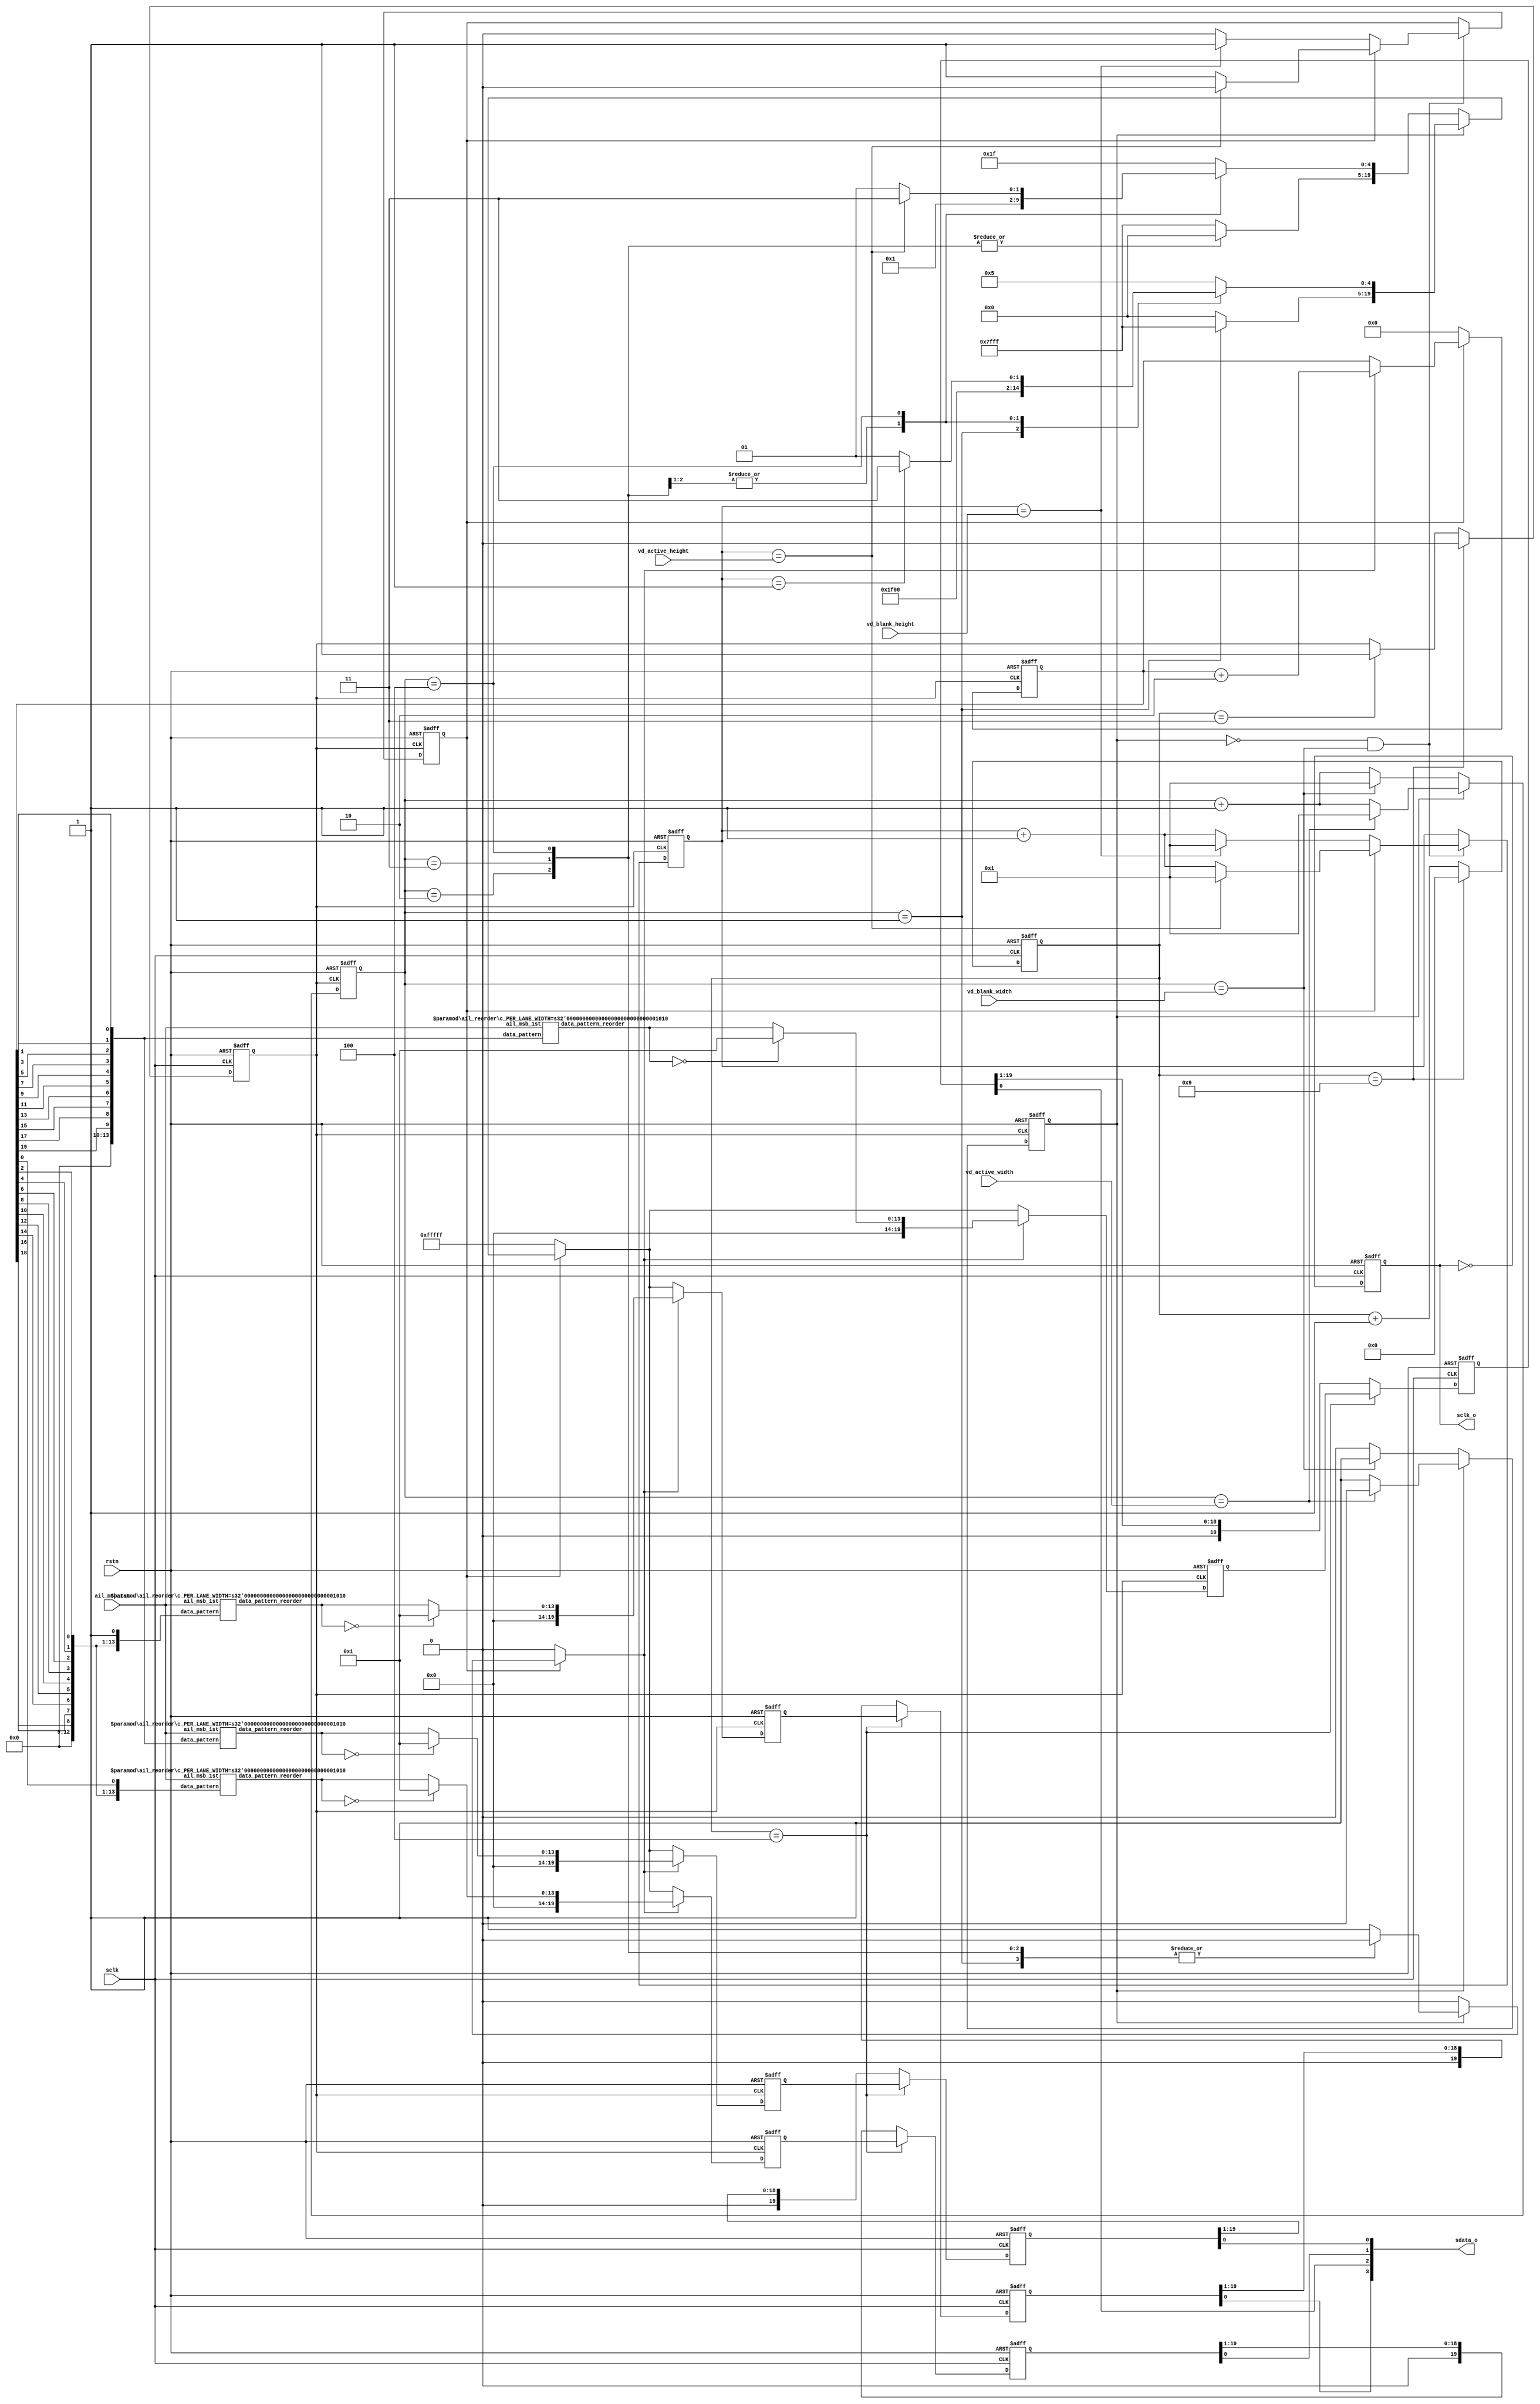
`timescale 100ps/100ps
module hispi_hdr_stim #(
parameter c_PER_LANE_WIDTH = 10,
parameter c_WORD_WIDTH = 20,
parameter c_LANE_WIDTH = 4
)
(
 input [11:0] vd_active_width,
 input [11:0] vd_blank_width,
 input [11:0] vd_active_height,
 input [11:0] vd_blank_height,
 input  ail_msb_1st,
 input  rstn,
 input  sclk,
 output reg sclk_o,
 output reg [3:0] sdata_o
);
//  c_HDR_MODE_0 => c_WORD_WIDTH==20; c_LANE_WIDTH==4; c_PER_LANE_WIDTH==10
//  c_HDR_MODE_1 => c_WORD_WIDTH==14; c_LANE_WIDTH==3; c_PER_LANE_WIDTH==10
//  c_HDR_MODE_2 => c_WORD_WIDTH==12; c_LANE_WIDTH==3; c_PER_LANE_WIDTH==10
//  c_HDR_MODE_3 => c_WORD_WIDTH==14; c_LANE_WIDTH==2; c_PER_LANE_WIDTH==14
//  c_HDR_MODE_4 => c_WORD_WIDTH==12; c_LANE_WIDTH==2; c_PER_LANE_WIDTH==12

reg wd_clk;
reg [4:0] clk_cnt;
reg [11:0] wd_cnt;
reg hor_valid;
reg lin_valid;
reg [11:0] lin_cnt;
wire [c_WORD_WIDTH-1:0] data_idle;
reg [c_WORD_WIDTH-1:0] pdata;
reg pdata_valid;
reg [20-1:0] data_pattern;
reg [c_WORD_WIDTH-1:0] data_lane0;
reg [c_WORD_WIDTH-1:0] data_lane1;
reg [c_WORD_WIDTH-1:0] data_lane2;
reg [c_WORD_WIDTH-1:0] data_lane3;
reg [c_WORD_WIDTH-1:0] data_lane0_d;
reg [c_WORD_WIDTH-1:0] data_lane1_d;
reg [c_WORD_WIDTH-1:0] data_lane2_d;
reg [c_WORD_WIDTH-1:0] data_lane3_d;
reg pidle;


   

always @(posedge sclk or negedge rstn)
   if (!rstn) begin
      clk_cnt <= 0;
      wd_clk <= 1'b0;
   end
   else begin
      if (clk_cnt == c_PER_LANE_WIDTH - 1) begin
         clk_cnt <= 0;
         wd_clk <= 1'b0;
      end   
      else begin
         clk_cnt <= clk_cnt + 1;
         if (clk_cnt == 3) wd_clk <= 1'b1;
      end
   end
//*************************************************************************************************************************************************************
assign data_idle = {c_WORD_WIDTH{1'b1}};

always @(posedge wd_clk or negedge rstn)
   if (!rstn) begin
      wd_cnt   <= 1;
      hor_valid <= 0;
      lin_valid <= 0;
      lin_cnt   <= 0;
   end
   else begin
      wd_cnt <= 1;
      if (hor_valid) begin
         if (wd_cnt == vd_active_width) begin
            hor_valid <= 1'b0;
            wd_cnt <= 1;
         end
         else
            wd_cnt <= wd_cnt + 1;
      end
      else begin
         if (wd_cnt == vd_blank_width) begin
            hor_valid <= 1'b1;
            wd_cnt <= 1;
         end
         else
            wd_cnt <= wd_cnt + 1;
      end      
      
      if ((~ hor_valid) && (wd_cnt == vd_blank_width)) begin
         if (lin_valid) begin
            if (lin_cnt == vd_active_height) begin
               lin_valid <= 1'b0;
               lin_cnt   <= 1;
            end
            else
               lin_cnt   <= lin_cnt + 1;
         end
         else begin
            if (lin_cnt == vd_blank_height) begin
               lin_valid <= 1'b1;
               lin_cnt   <= 1;
            end
            else
               lin_cnt   <= lin_cnt + 1;
         end
      end
   end

wire embeded_data = 1'b0;
always @(*) begin
   pdata = 0;
   pidle = 0;
   pdata_valid = 0;
   //*************************************************************************************************************************
   if (lin_valid) begin
      if (hor_valid) begin
         case (wd_cnt)
            1:       begin pdata_valid = 1'b0; pdata = {c_WORD_WIDTH{1'b1}} ;end
            2:       begin pdata_valid = 1'b0; pdata = {c_WORD_WIDTH{1'b0}} ;end
            3:       begin pdata_valid = 1'b0; pdata = {c_WORD_WIDTH{1'b0}} ;end
            4:       begin pdata_valid = 1'b0; pdata[4:0] = (lin_cnt == 1) ? 5'b00011 : 5'b00001; end
            default: begin pdata_valid = 1'b1; pdata = 5; end
         endcase
      end
      else begin
         case (wd_cnt)
            1:       begin pdata_valid = 1'b0; pdata = {c_WORD_WIDTH{1'b1}} ; end
            2:       begin pdata_valid = 1'b0; pdata = {c_WORD_WIDTH{1'b0}} ; end
            3:       begin pdata_valid = 1'b0; pdata = {c_WORD_WIDTH{1'b0}} ; end
            4:       begin pdata_valid = 1'b0; pdata[4:0] = (lin_cnt == vd_active_height) ? 5'b00111 : 5'b00101; end
            default: begin pdata_valid = 1'b0; pdata = data_idle; end
         endcase         
      end
   end
   else begin
      pdata_valid = 1'b0;
      pdata       = data_idle;
   end
   //*************************************************************************************************************************
end

always @(posedge wd_clk or negedge rstn)
   if (!rstn) begin
      data_pattern <= 0;
   end
   else begin
      if (lin_valid) begin
         if (pdata_valid)
            data_pattern <= data_pattern + 2;
      end
      else
         data_pattern <= 0;
   end

wire [20-1:0] data_pattern_pix_n        = data_pattern;
wire [20-1:0] data_pattern_pix_n_Plus_1 = {data_pattern[20-1:1], 1'b1};
reg [14-1:0] data_pattern_lane_0;
reg [14-1:0] data_pattern_lane_1;
reg [14-1:0] data_pattern_lane_2;
reg [14-1:0] data_pattern_lane_3;

always @(*) begin
   data_pattern_lane_0 = 0;
   data_pattern_lane_1 = 0;
   data_pattern_lane_2 = 0;
   data_pattern_lane_3 = 0;
   
   if ((c_WORD_WIDTH == 20) && (c_LANE_WIDTH == 4)) begin
      data_pattern_lane_0 = {data_pattern_pix_n[19], data_pattern_pix_n[17], data_pattern_pix_n[15], data_pattern_pix_n[13], data_pattern_pix_n[11],
                             data_pattern_pix_n[9],  data_pattern_pix_n[7],  data_pattern_pix_n[5],  data_pattern_pix_n[3],  data_pattern_pix_n[1]};
      data_pattern_lane_1 = {data_pattern_pix_n[18], data_pattern_pix_n[16], data_pattern_pix_n[14], data_pattern_pix_n[12], data_pattern_pix_n[10],
                             data_pattern_pix_n[8],  data_pattern_pix_n[6],  data_pattern_pix_n[4],  data_pattern_pix_n[2],  data_pattern_pix_n[0]};
      data_pattern_lane_2 = {data_pattern_pix_n_Plus_1[19], data_pattern_pix_n_Plus_1[17], data_pattern_pix_n_Plus_1[15], data_pattern_pix_n_Plus_1[13], data_pattern_pix_n_Plus_1[11],
                             data_pattern_pix_n_Plus_1[9],  data_pattern_pix_n_Plus_1[7],  data_pattern_pix_n_Plus_1[5],  data_pattern_pix_n_Plus_1[3],  data_pattern_pix_n_Plus_1[1]};
      data_pattern_lane_3 = {data_pattern_pix_n_Plus_1[18], data_pattern_pix_n_Plus_1[16], data_pattern_pix_n_Plus_1[14], data_pattern_pix_n_Plus_1[12], data_pattern_pix_n_Plus_1[10],
                             data_pattern_pix_n_Plus_1[8],  data_pattern_pix_n_Plus_1[6],  data_pattern_pix_n_Plus_1[4],  data_pattern_pix_n_Plus_1[2],  data_pattern_pix_n_Plus_1[0]};                             
   end
   else if ((c_WORD_WIDTH == 14) && (c_LANE_WIDTH == 3)) begin
      data_pattern_lane_0 = {data_pattern_pix_n[13:5], 1'b1};
      data_pattern_lane_1 = {data_pattern_pix_n_Plus_1[13:5], 1'b1};
      data_pattern_lane_2 = {data_pattern_pix_n_Plus_1[4:0], data_pattern_pix_n[4:0]};
   end
   else if ((c_WORD_WIDTH == 12) && (c_LANE_WIDTH == 3)) begin
      data_pattern_lane_0 = {data_pattern_pix_n[11:4], 2'b01};
      data_pattern_lane_1 = {data_pattern_pix_n_Plus_1[11:4], 2'b01};
      data_pattern_lane_2 = {data_pattern_pix_n_Plus_1[3:0], data_pattern_pix_n[3:0], 2'b01};
   end
   else begin
      data_pattern_lane_0 = data_pattern_pix_n;
      data_pattern_lane_1 = data_pattern_pix_n_Plus_1;
   end
end

wire [13:0] data_pattern_lane_0_tmp; 
wire [13:0] data_pattern_lane_1_tmp;
wire [13:0] data_pattern_lane_2_tmp;
wire [13:0] data_pattern_lane_3_tmp;

ail_reorder #(.c_PER_LANE_WIDTH (c_PER_LANE_WIDTH))
I0_ail_reorder (.data_pattern (data_pattern_lane_0), .ail_msb_1st (ail_msb_1st), .data_pattern_reorder(data_pattern_lane_0_tmp));
ail_reorder #(.c_PER_LANE_WIDTH (c_PER_LANE_WIDTH))
I1_ail_reorder (.data_pattern (data_pattern_lane_1), .ail_msb_1st (ail_msb_1st), .data_pattern_reorder(data_pattern_lane_1_tmp));
ail_reorder #(.c_PER_LANE_WIDTH (c_PER_LANE_WIDTH))
I2_ail_reorder (.data_pattern (data_pattern_lane_2), .ail_msb_1st (ail_msb_1st), .data_pattern_reorder(data_pattern_lane_2_tmp));
ail_reorder #(.c_PER_LANE_WIDTH (c_PER_LANE_WIDTH))
I3_ail_reorder (.data_pattern (data_pattern_lane_3), .ail_msb_1st (ail_msb_1st), .data_pattern_reorder(data_pattern_lane_3_tmp));

always @(posedge wd_clk or negedge rstn)
   if (!rstn) begin
      data_lane0 <= 0;
      data_lane1 <= 0;
      data_lane2 <= 0;
      data_lane3 <= 0;
   end
   else begin
      if (pdata_valid) begin
         data_lane0 <= (data_pattern_lane_0_tmp == 0) ? 1 : data_pattern_lane_0_tmp;
         data_lane1 <= (data_pattern_lane_1_tmp == 0) ? 1 : data_pattern_lane_1_tmp;
         data_lane2 <= (data_pattern_lane_2_tmp == 0) ? 1 : data_pattern_lane_2_tmp;
         data_lane3 <= (data_pattern_lane_3_tmp == 0) ? 1 : data_pattern_lane_3_tmp;
      end
      else begin
         data_lane0 <= pdata;         
         data_lane1 <= pdata;         
         data_lane2 <= pdata;         
         data_lane3 <= pdata;         
      end
   end
//*************************************************************************************************************************   
always @(posedge sclk or negedge rstn)
   if (!rstn) begin
      data_lane0_d <= 0;
      data_lane1_d <= 0;
      data_lane2_d <= 0;
      data_lane3_d <= 0;

   end
   else begin
      if (clk_cnt == 4) begin
         data_lane0_d <= data_lane0;
         data_lane1_d <= data_lane1;
         data_lane2_d <= data_lane2;
         data_lane3_d <= data_lane3;
      end
      else begin
         data_lane0_d <= {1'b0, data_lane0_d[c_WORD_WIDTH-1:1]};       
         data_lane1_d <= {1'b0, data_lane1_d[c_WORD_WIDTH-1:1]};       
         data_lane2_d <= {1'b0, data_lane2_d[c_WORD_WIDTH-1:1]};       
         data_lane3_d <= {1'b0, data_lane3_d[c_WORD_WIDTH-1:1]};       
      end
   end

wire [3:0] sdata_o_pre = {data_lane3_d[0], data_lane2_d[0], data_lane1_d[0], data_lane0_d[0]};
wire [1:0] sel_0 = 0;         
wire [1:0] sel_1 = 0;         
wire [1:0] sel_2 = 0;         
wire [1:0] sel_3 = 0;         
reg  [3:0] sdata_o_pre_d1;
reg  [3:0] sdata_o_pre_d2;
reg  [3:0] sdata_o_pre_d3;

always @(posedge sclk or negedge rstn)
   if (!rstn) begin
      sdata_o_pre_d1 <= 0;
      sdata_o_pre_d2 <= 0;
      sdata_o_pre_d3 <= 0;
   end
   else begin
      sdata_o_pre_d1 <= sdata_o_pre;
      sdata_o_pre_d2 <= sdata_o_pre_d1;
      sdata_o_pre_d3 <= sdata_o_pre_d2;
   end

always @(*) begin
   case (sel_0)
      2'd0: sdata_o[0] = sdata_o_pre[0];
      2'd1: sdata_o[0] = sdata_o_pre_d1[0];
      2'd2: sdata_o[0] = sdata_o_pre_d2[0];
      2'd3: sdata_o[0] = sdata_o_pre_d3[0];
   endcase
end
always @(*) begin
   case (sel_1)
      2'd0: sdata_o[1] = sdata_o_pre[1];
      2'd1: sdata_o[1] = sdata_o_pre_d1[1];
      2'd2: sdata_o[1] = sdata_o_pre_d2[1];
      2'd3: sdata_o[1] = sdata_o_pre_d3[1];
   endcase
end
always @(*) begin
   case (sel_2)
      2'd0: sdata_o[2] = sdata_o_pre[2];
      2'd1: sdata_o[2] = sdata_o_pre_d1[2];
      2'd2: sdata_o[2] = sdata_o_pre_d2[2];
      2'd3: sdata_o[2] = sdata_o_pre_d3[2];
   endcase
end
always @(*) begin
   case (sel_3)
      2'd0: sdata_o[3] = sdata_o_pre[3];
      2'd1: sdata_o[3] = sdata_o_pre_d1[3];
      2'd2: sdata_o[3] = sdata_o_pre_d2[3];
      2'd3: sdata_o[3] = sdata_o_pre_d3[3];
   endcase
end

//assign sdata_o[0] = data_lane0_d[0];
//assign sdata_o[1] = data_lane1_d[0];
//assign sdata_o[2] = data_lane2_d[0];
//assign sdata_o[3] = data_lane3_d[0];
//assign #1 sclk_o = sclk;
always @(negedge sclk or negedge rstn)
   if (!rstn) begin
      sclk_o       <= 0;   
   end
   else begin
      sclk_o       <= ~ sclk_o;   
   end
endmodule

module ail_reorder #(
parameter c_PER_LANE_WIDTH = 10
)(
input [13:0] data_pattern,
input ail_msb_1st,
output [13:0] data_pattern_reorder
);

wire [13:0] data_pattern_shift  = (c_PER_LANE_WIDTH == 10) ? {data_pattern[9:0], 4'd0} : (
                                  (c_PER_LANE_WIDTH == 12) ? {data_pattern[11:0], 2'd0} : data_pattern);
wire [13:0] data_pattern_revert = {data_pattern_shift[0],  data_pattern_shift[1], data_pattern_shift[2],  data_pattern_shift[3],
                                   data_pattern_shift[4],  data_pattern_shift[5], data_pattern_shift[6],  data_pattern_shift[7],
                                   data_pattern_shift[8],  data_pattern_shift[9], data_pattern_shift[10], data_pattern_shift[11],
                                   data_pattern_shift[12], data_pattern_shift[13]};
assign data_pattern_reorder = ail_msb_1st ? data_pattern_revert : data_pattern;

endmodule